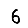
Digit: 6